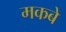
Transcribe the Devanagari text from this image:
मकबे